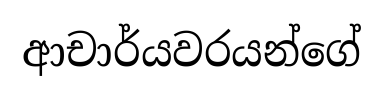
ආචාර්යවරයන්ගේ